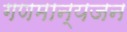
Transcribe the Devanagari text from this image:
गणमान्यजन